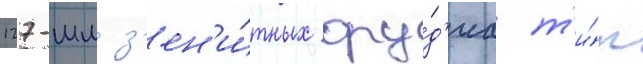
127-мм з'ен'и́тных ору́д'иа т'и́п